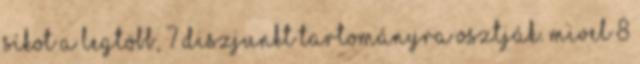
síkot a legtöbb, 7 diszjunkt tartományra osztják. Mivel 8